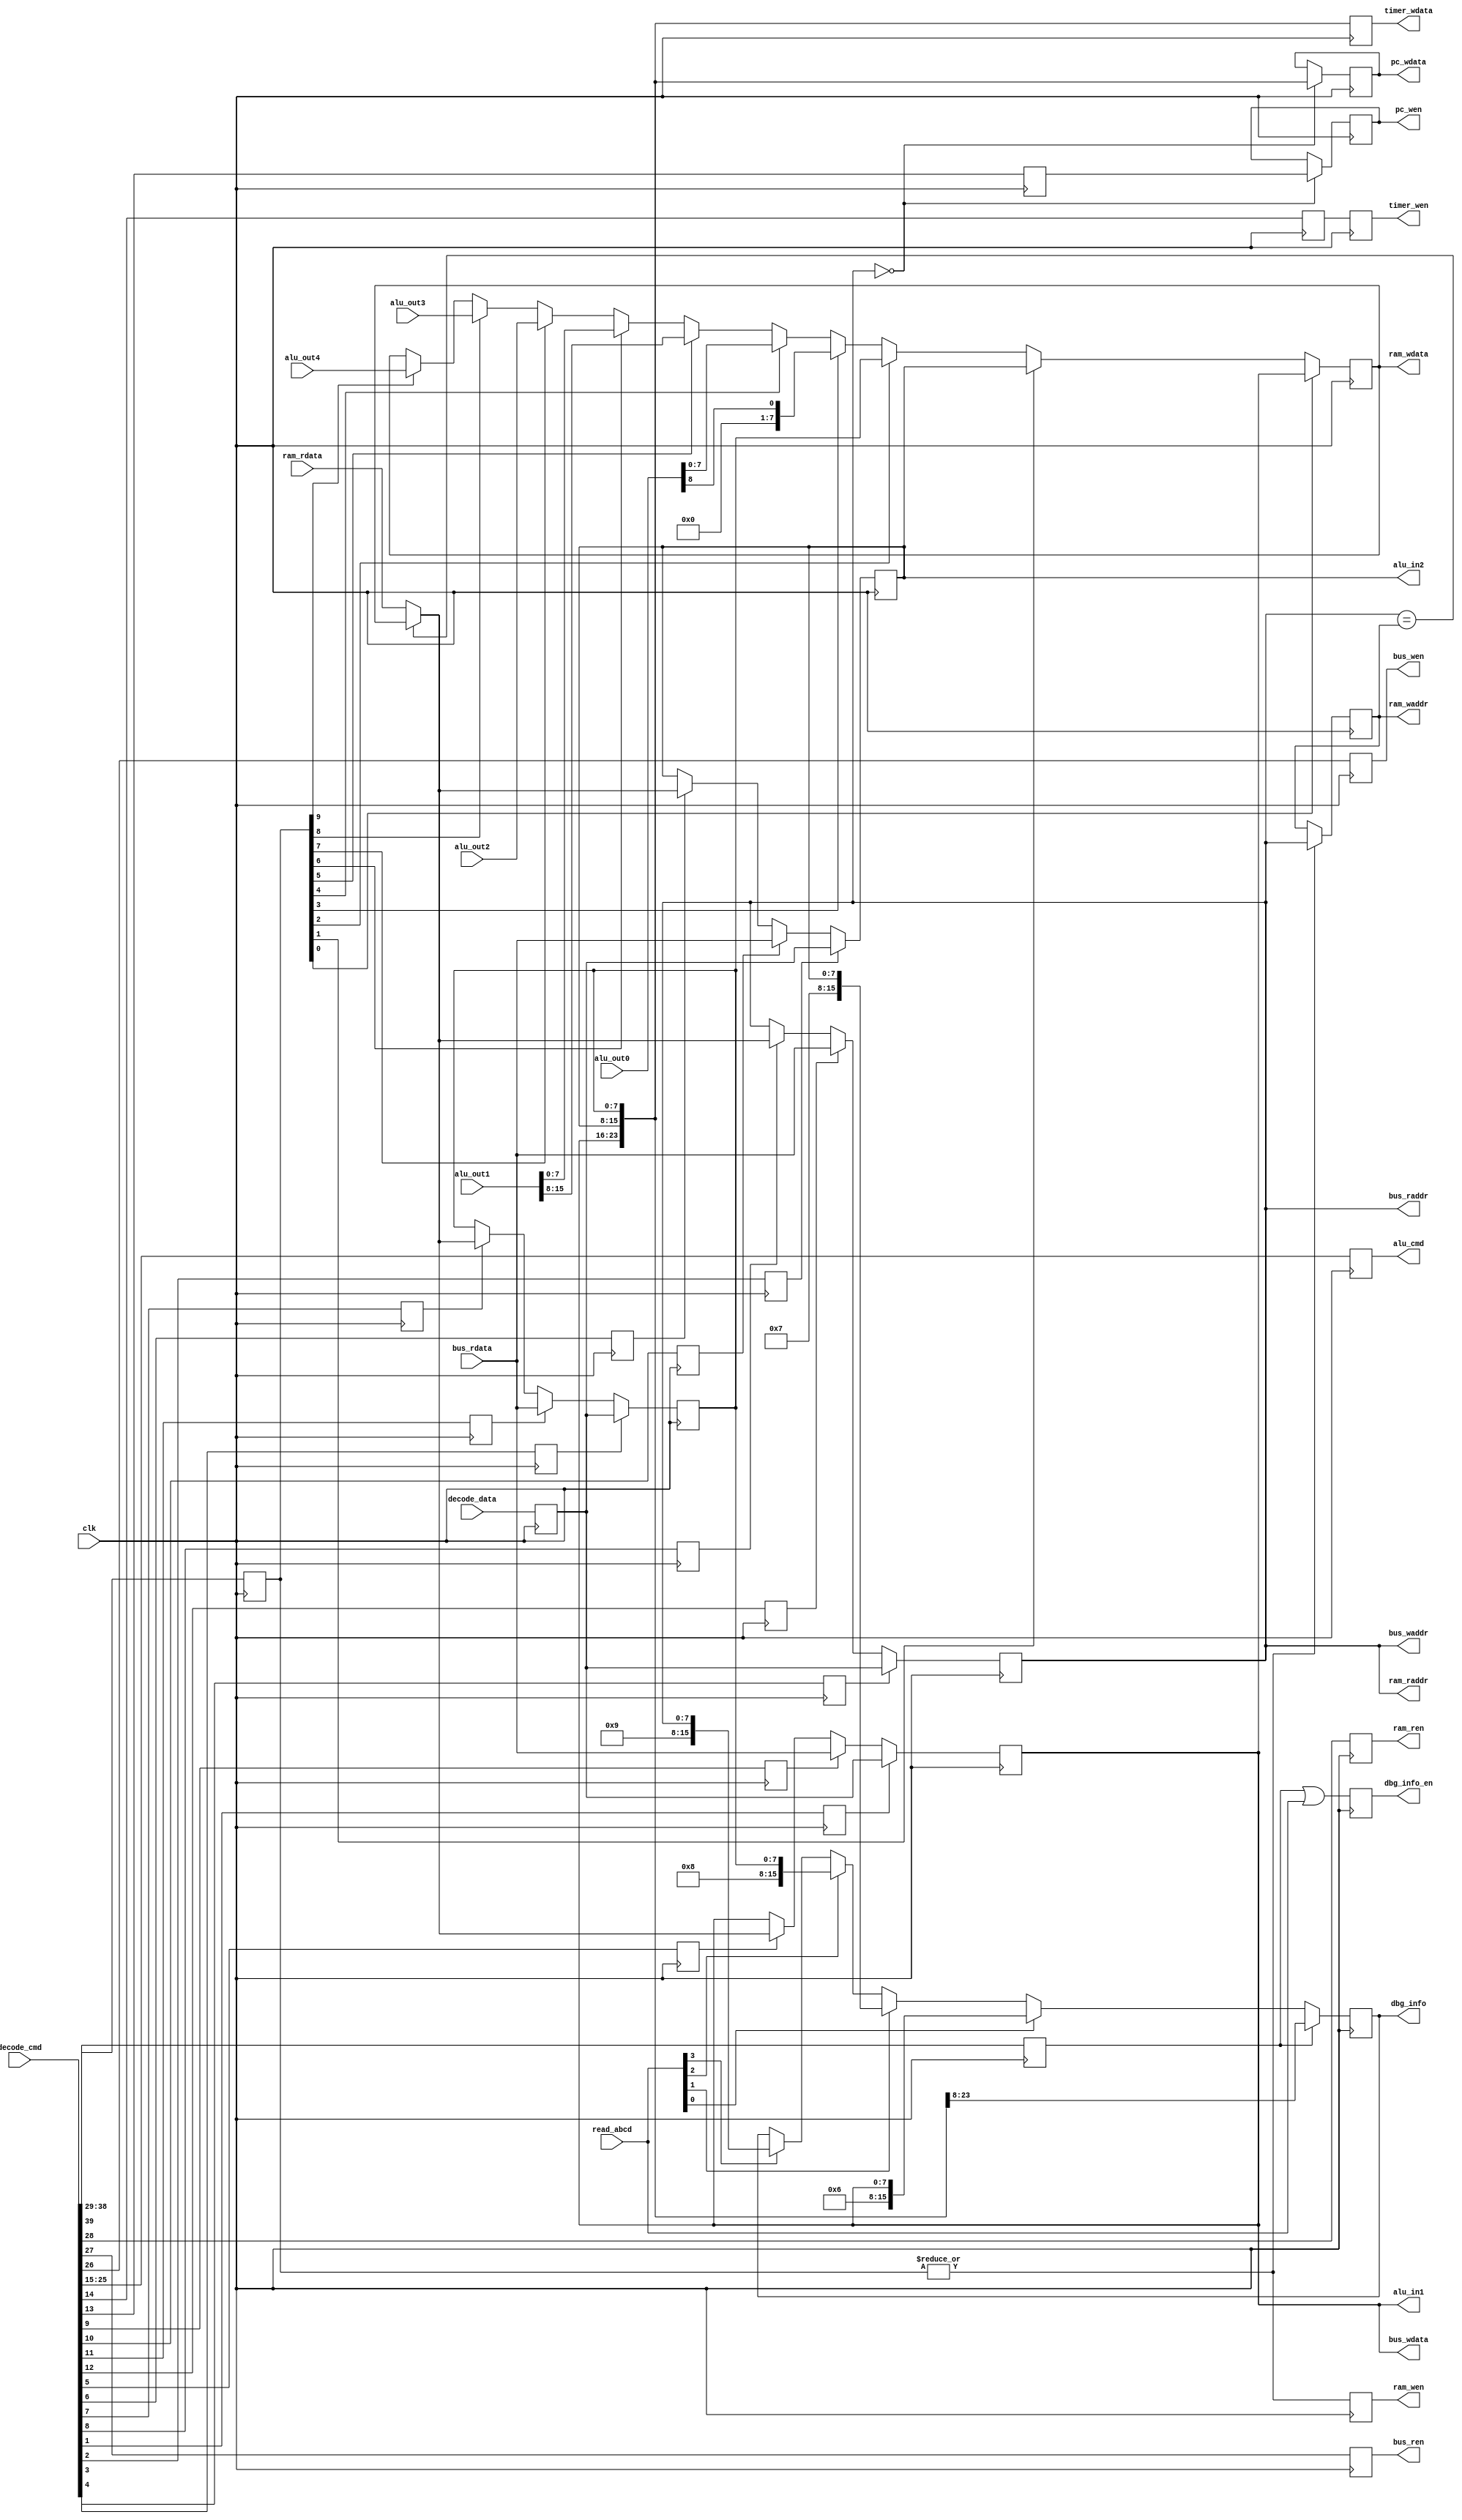
// This program was cloned from: https://github.com/verimake-team/SparkRoad-V
// License: MIT License

`timescale 1ns / 1ps
//////////////////////////////////////////////////////////////////////////////////
// Company: 
// Engineer: 
// 
// Create Date:
// Design Name: 
// Module Name: execute
// Project Name: 
// Target Devices: 
// Tool Versions: 
// Description: 
// 
// Dependencies: 
// 
// Revision:
// Revision 0.01 - File Created
// Additional Comments:
// 
//////////////////////////////////////////////////////////////////////////////////

module execute
(
    input   wire		clk,
    
    // 
    input   wire [39:0]	decode_cmd,
    input   wire [7:0]	decode_data,

    // ram
	output	reg			ram_wen,
	output	reg  [7:0]	ram_waddr,
	output	reg  [7:0]	ram_wdata,
    output  reg			ram_ren,
	output  wire [7:0]	ram_raddr,
	input   wire [7:0]	ram_rdata,
    
    // bus
	output	reg			bus_wen,
	output	wire [7:0]	bus_waddr,
	output	wire [7:0]	bus_wdata,
	output  reg			bus_ren,
	output  wire [7:0]	bus_raddr,
	input   wire [7:0]	bus_rdata,
    
	// alu
    output  reg  [10:0]	alu_cmd,
	output  wire [7:0]	alu_in1,
	output  wire [7:0]	alu_in2,
	input   wire [8:0]	alu_out0,
	input   wire [15:0]	alu_out1,
	input   wire [7:0]	alu_out2,
	input   wire [7:0]	alu_out3,
	input   wire [7:0]	alu_out4,
    
    // pc
    output  reg			pc_wen,
    output  reg  [23:0]	pc_wdata,

    // uart buffer
    input   wire [3:0]	read_abcd,
    output  reg			dbg_info_en,
    output  reg  [15:0]	dbg_info,
    
    // timer
    output  reg			timer_wen,
    output  reg [23:0]	timer_wdata
);

reg [7:0] A;
reg [7:0] B;
reg [7:0] C;
reg [7:0] D;
reg [7:0] rom_data;
reg pc_wen0;
reg timer_wen0;
reg dbg_info_en0;
reg rom_to_a_wen;
reg rom_to_b_wen;
reg rom_to_c_wen;
reg rom_to_d_wen;
reg ram_to_a_wen;
reg ram_to_b_wen;
reg ram_to_c_wen;
reg ram_to_d_wen;
reg bus_to_a_wen;
reg bus_to_b_wen;
reg bus_to_c_wen;
reg bus_to_d_wen;
wire null_cmd;
wire wt_a_cmd;
wire wt_b_cmd;
wire wt_c_cmd;
wire wt_d_cmd;
wire wt_a_rt_cmd;
wire wt_b_rt_cmd;
wire wt_c_rt_cmd;
wire wt_d_rt_cmd;
wire wt_a_bt_cmd;
wire wt_b_bt_cmd;
wire wt_c_bt_cmd;
wire wt_d_bt_cmd;
wire wt_pc_cmd;
wire wt_timer_cmd;
wire ex_alua_cmd;
wire ex_alub_cmd;
wire ex_aluc_cmd;
wire ex_alud_cmd;
wire ex_alue_cmd;
wire ex_aluf_cmd;
wire ex_alug_cmd;
wire ex_aluh_cmd;
wire ex_alui_cmd;
wire ex_aluj_cmd;
wire ex_aluk_cmd;
wire wt_bus_cmd;
wire rd_bus_cmd;
wire rd_ram_cmd;
wire wt_ram_a_cmd;
wire wt_ram_b_cmd;
wire wt_ram_c_cmd;
wire wt_ram_alu0_cmd;
wire wt_ram_alu1_cmd;
wire wt_ram_alu2_cmd;
wire wt_ram_alu3_cmd;
wire wt_ram_alu4_cmd;
wire wt_ram_alu5_cmd;
wire wt_ram_alu6_cmd;
wire dbg_info_cmd;
reg [9:0] wt_ram_cmd;

assign null_cmd = decode_cmd[0]; 
assign wt_a_cmd = decode_cmd[1]; 
assign wt_b_cmd = decode_cmd[2]; 
assign wt_c_cmd = decode_cmd[3]; 
assign wt_d_cmd = decode_cmd[4]; 
assign wt_a_rt_cmd = decode_cmd[5]; 
assign wt_b_rt_cmd = decode_cmd[6]; 
assign wt_c_rt_cmd = decode_cmd[7]; 
assign wt_d_rt_cmd = decode_cmd[8]; 
assign wt_a_bt_cmd = decode_cmd[9]; 
assign wt_b_bt_cmd = decode_cmd[10];
assign wt_c_bt_cmd = decode_cmd[11];
assign wt_d_bt_cmd = decode_cmd[12];
assign wt_pc_cmd = decode_cmd[13];
assign wt_timer_cmd = decode_cmd[14];
assign ex_alua_cmd = decode_cmd[15];
assign ex_alub_cmd = decode_cmd[16];
assign ex_aluc_cmd = decode_cmd[17];
assign ex_alud_cmd = decode_cmd[18];
assign ex_alue_cmd = decode_cmd[19];
assign ex_aluf_cmd = decode_cmd[20];
assign ex_alug_cmd = decode_cmd[21];
assign ex_aluh_cmd = decode_cmd[22];
assign ex_alui_cmd = decode_cmd[23];
assign ex_aluj_cmd = decode_cmd[24];
assign ex_aluk_cmd = decode_cmd[25];
assign wt_bus_cmd = decode_cmd[26];
assign rd_bus_cmd = decode_cmd[27];
assign rd_ram_cmd = decode_cmd[28];
assign wt_ram_a_cmd = decode_cmd[29];
assign wt_ram_b_cmd = decode_cmd[30];
assign wt_ram_c_cmd = decode_cmd[31];
assign wt_ram_alu0_cmd = decode_cmd[32];
assign wt_ram_alu1_cmd = decode_cmd[33];
assign wt_ram_alu2_cmd = decode_cmd[34];
assign wt_ram_alu3_cmd = decode_cmd[35];
assign wt_ram_alu4_cmd = decode_cmd[36];
assign wt_ram_alu5_cmd = decode_cmd[37];
assign wt_ram_alu6_cmd = decode_cmd[38];
assign dbg_info_cmd = decode_cmd[39];

// 
/*
always@(posedge clk)
begin
    `null_cmd
end
*/

// 1234
always@(posedge clk)
begin
    rom_data <= decode_data;
end

// rom{A,B,C,D}
always@(posedge clk)
begin
	rom_to_a_wen <= wt_a_cmd;
	rom_to_b_wen <= wt_b_cmd;
	rom_to_c_wen <= wt_c_cmd;
	rom_to_d_wen <= wt_d_cmd;
end

// ram{A,B,C,D}
always@(posedge clk)
begin
	ram_to_a_wen <= wt_a_rt_cmd;
	ram_to_b_wen <= wt_b_rt_cmd;
	ram_to_c_wen <= wt_c_rt_cmd;
	ram_to_d_wen <= wt_d_rt_cmd;
end

// bus{A,B,C,D}
always@(posedge clk)
begin
	bus_to_a_wen <= wt_a_bt_cmd;
	bus_to_b_wen <= wt_b_bt_cmd;
	bus_to_c_wen <= wt_c_bt_cmd;
	bus_to_d_wen <= wt_d_bt_cmd;
end

// A
always@(posedge clk)
begin
    if(rom_to_a_wen)
        A <= rom_data;
    else if(bus_to_a_wen)
        A <= bus_rdata;
    else if(ram_to_a_wen)
	begin
		if(ram_raddr == ram_waddr)
			A <= ram_wdata;
		else
			A <= ram_rdata;
	end
end

// B
always@(posedge clk)
begin
    if(rom_to_b_wen)
        B <= rom_data;
    else if(bus_to_b_wen)
        B <= bus_rdata;
    else if(ram_to_b_wen)
	begin
		if(ram_raddr == ram_waddr)
			B <= ram_wdata;
		else
			B <= ram_rdata;
	end
end

// C
always@(posedge clk)
begin
    if(rom_to_c_wen)
        C <= rom_data;
    else if(bus_to_c_wen)
        C <= bus_rdata;
    else if(ram_to_c_wen)
	begin
		if(ram_raddr == ram_waddr)
			C <= ram_wdata;
		else
			C <= ram_rdata;
	end
end

// D
always@(posedge clk)
begin
    if(rom_to_d_wen)
        D <= rom_data;
    else if(bus_to_d_wen)
        D <= bus_rdata;
    else if(ram_to_d_wen)
	begin
		if(ram_raddr == ram_waddr)
			D <= ram_wdata;
		else
			D <= ram_rdata;
	end
end

// PC
always@(posedge clk)
begin
	pc_wen0 <= wt_pc_cmd;
	if(!D)
	begin
		pc_wen <= pc_wen0;
		pc_wdata <= {A,B,C};
	end
end

// Timer
always@(posedge clk)
begin
	timer_wen0 <= wt_timer_cmd;
	timer_wen <= timer_wen0;
	timer_wdata <= {A,B,C};
end

// alu
always@(posedge clk)
begin
	alu_cmd <= decode_cmd[25:15];
end

assign alu_in1 = A;
assign alu_in2 = B;

// bus
always@(posedge clk)
begin
    bus_wen <= wt_bus_cmd;
end

assign bus_waddr = D;
assign bus_wdata = A;

// bus
always@(posedge clk)
begin
    bus_ren <= rd_bus_cmd;
end

assign bus_raddr = D;

// ram
always@(posedge clk)
begin
    ram_ren <= rd_ram_cmd;
end

assign ram_raddr = D;

// 
always@(posedge clk)
begin
    dbg_info_en0 <= dbg_info_cmd;
    dbg_info_en <= dbg_info_en0 || read_abcd;
end

// 
always@(posedge clk)
begin
    if(dbg_info_en0)
        dbg_info <= {A,B};
    else if(read_abcd[0])
        dbg_info <= {8'd6,A};
    else if(read_abcd[1])
        dbg_info <= {8'd7,B};
    else if(read_abcd[2])
        dbg_info <= {8'd8,C};
    else if(read_abcd[3])
        dbg_info <= {8'd9,D};
end

//-------------- ram,, --------------//
// ram
always@(posedge clk)
begin
	wt_ram_cmd <= decode_cmd[38:29];
    ram_wen <= (|wt_ram_cmd);
end

// ram
always@(posedge clk)
begin
    if(|wt_ram_cmd)
        ram_waddr <= D;
end

// ram
always@(posedge clk)
begin
    if(wt_ram_cmd[0])
        ram_wdata <= A;
    else if(wt_ram_cmd[1])
        ram_wdata <= B;
    else if(wt_ram_cmd[2])
        ram_wdata <= C;
    else if(wt_ram_cmd[3])
        ram_wdata <= alu_out0[8];
    else if(wt_ram_cmd[4])
        ram_wdata <= alu_out0[7:0];
    else if(wt_ram_cmd[5])
        ram_wdata <= alu_out1[15:8];
    else if(wt_ram_cmd[6])
        ram_wdata <= alu_out1[7:0];
    else if(wt_ram_cmd[7])
        ram_wdata <= alu_out2;
    else if(wt_ram_cmd[8])
        ram_wdata <= alu_out3;
    else if(wt_ram_cmd[9])
        ram_wdata <= alu_out4;
end

endmodule